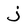
Character: j